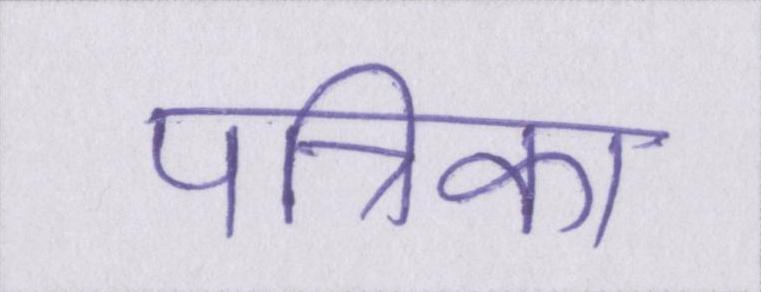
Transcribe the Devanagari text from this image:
पत्रिका